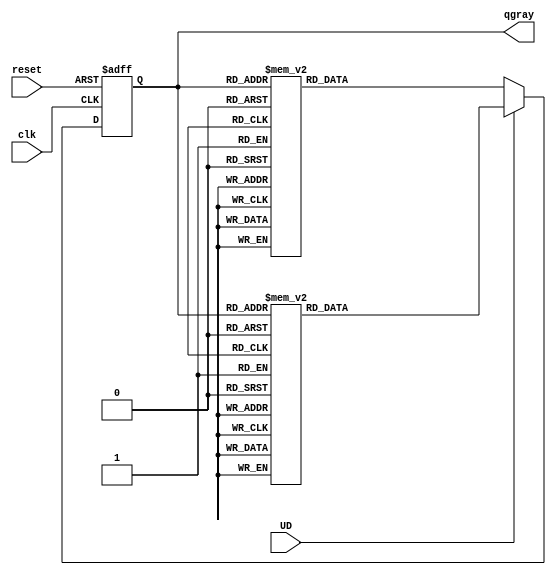
/*Think Before You Code

We are going to extend the sequential counter to implement 
a Gray code sequence rather than a simple linear increment.
The sequence we will implement is as follows:
  	
Nth Step after Reset (in binary) 	Gray Code
000 	000
001 	001
010 	011
011 	010
100 	110
101 	111
110 	101
111 	100

which yields the following always block for a Gray code counter, derived directly from the above truth table:
*/
module gray_counter( clk, reset,UD, qgray );
input        clk;
input        reset;
input			 UD;
output [2:0] qgray;
reg    [2:0] q;

// FINITE STATE MACHINE DESCRIPTION

always @(negedge reset or posedge clk)
  if (~reset)
    q <= 0;
  else
	if (UD==1)
	begin
    case (q)
      3'b000:  q <= 3'b001;
      3'b001:  q <= 3'b011;
      3'b011:  q <= 3'b010;
      3'b010:  q <= 3'b110;
      3'b110:  q <= 3'b111;
      3'b111:  q <= 3'b101;
      3'b101:  q <= 3'b100;
      3'b100:  q <= 3'b000;
      default: q <= 3'bx;
    endcase
	 end
	 else
	 begin
		 case (q)
      3'b000:  q <= 3'b100;
      3'b001:  q <= 3'b000;
      3'b011:  q <= 3'b001;
      3'b010:  q <= 3'b011;
      3'b110:  q <= 3'b010;
      3'b111:  q <= 3'b110;
      3'b101:  q <= 3'b111;
      3'b100:  q <= 3'b101;
      default: q <= 3'bx;
		endcase
	  end
	 
	 assign qgray = q;
	 endmodule
/*

// BEHAVIORAL DESCRIPTION
always @(negedge reset or posedge clk)
  if (~reset)
    q <= 0;
  else
  if (UD==1)
    q <= q + 1;
	 else
	 q <= q - 1;

assign qgray = {q[3], ^q[3:2], ^q[2:1], ^q[1:0]};

endmodule
*/